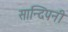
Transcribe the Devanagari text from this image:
सान्दिपनी